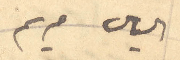
الياس مريم